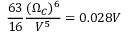
\frac { 6 3 } { 1 6 } \frac { ( \Omega _ { C } ) ^ { 6 } } { V ^ { 5 } } = 0 . 0 2 8 V